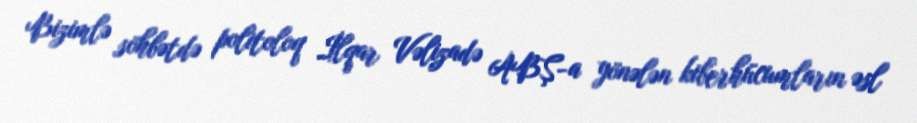
Bizimlə söhbətdə politoloq İlqar Vəlizadə ABŞ-a yönələn kiberhücumların əsl